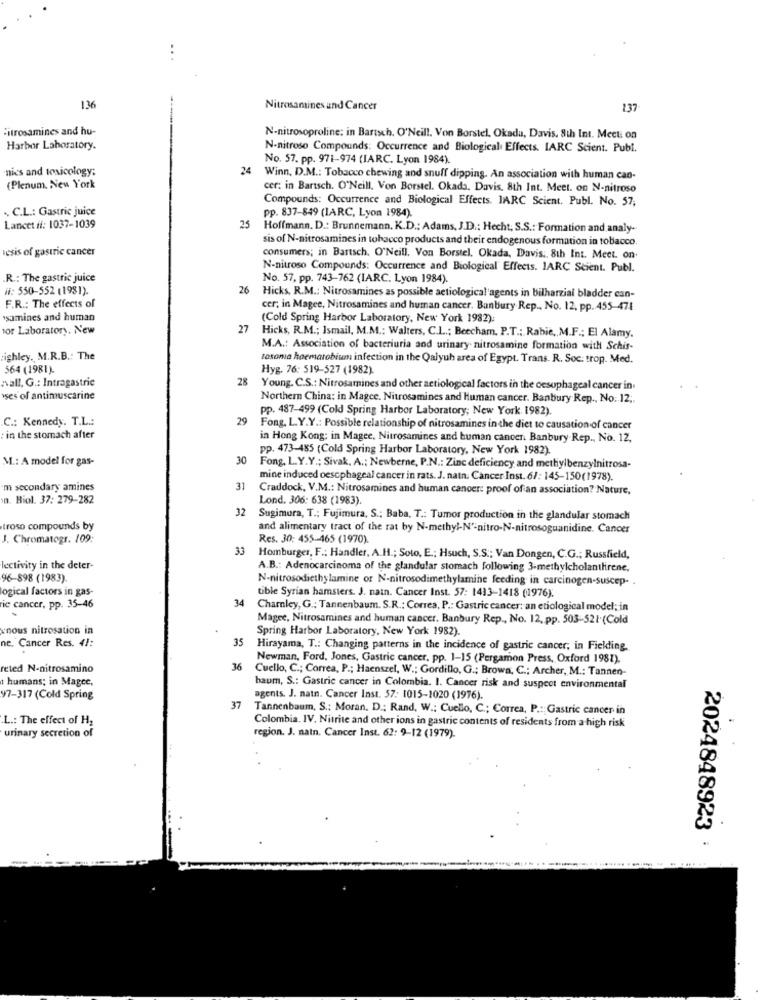
..
136
Nitrosamines and Cancer
137
Fitrosamines and hu-
N-nitrosoproline: in Bartsch. O'Neill. Von Borstel. Okada, Davis, 8th Int. Mecti on
Harbor Laboratory.
N-nitroso Compounds: Occurrence and Biological Effects. IARC Scient. Publ.
No. 57. pp. 971-974 (IARC. Lyon 1984).
nics and toxicology;
24
Winn, D.M .: Tobacco chewing and snuff dipping. An association with human cao-
(Plenum, New York
cer: in Bartsch. O'Neill, Von Borstel. Okada. Davis. 8th Int. Meet. on N-nitroso
Compounds: Occurrence and Biological Effects. JARC Scient. Publ. No. 57;
. C.L .: Gastric juice
25
pp. 837-849 (IARC, Lyon 1984)
Lancet if: 1037-1039
Hoffmann. D .: Brunnemann. K.D .: Adams, J.D .: Hecht, S.S .: Formation and analy-
sis of N-nitrosamines in tobacco products and their endogenous formation in tobacco
csis of gastric cancer
consumers; in Bartsch. O'Neill. Von Borstel. Okada, Davis ,, 8th Int. Meet. on
N-nitroso Compounds: Occurrence and Biological Effects. IARC Scient. Publ.
R .: The gastric juice
No. 57, pp. 743-762 (IARC. Lyon 1984).
#: 550-552 (1981).
26
Hicks, R.M .: Nitrosamines as possible actiological'agents in bilharzial bladder can-
F.R .: The effects of
cer; in Magee, Nitrosamines and human cancer. Banbury Rep ., No. 12, pp. 455-474
'samines and human
(Cold Spring Harbor Laboratory, New York 1982).
or Laboratory. New
27
Hicks, R.M .; Ismail, M.M .: Walters, C.L .; Beecham. P.T .; Rabie ,, M.F .; El Alamy.
M.A .: Association of bacteriuria and urinary nitrosamine formation with Schis-
ighley. M.R.B .: The
tosonia hoematobium infection in the Qalyuh area of Egypt. Trans. R. Soc: trop. Med.
564 (1981)
Hyg. 76: 519-527 (1982)
wall, G .: Intragastric
28 Young. C.S .: Nitrosamines and other actiological factors in the oesophageal cancer in.
ses of antimuscarine
Northern China: in Magce. Nitrosamines and Human cancer. Banbury Rep ., No. 12 ..
pp. 487-499 (Cold Spring Harbor Laboratory; New York 1982).
C .: Kennedy. T.L .:
29
Fong, L.Y.Y .: Possible relationship of nitrosamines in the diet to causation of cancer
in the stomach after
in Hong Kong: in Magee, Nitrosamines and human cancer. Banbury Rep ., No. 12.
pp. 473-485 (Cold Spring Harbor Laboratory, New York 1982).
M .: A model for gas-
30
Fong, L.Y.Y .; Sivak. A .; Newberne, P.N .: Zinc deficiency and mettiylbenzylnitrosa-
mine induced oesophageal cancer in rats. J. natn. Cancer Inst. 6/: 145-150(1978).
m secondary amines
31
Craddock, V.M .: Nitrosamines and human cancer: proof of an association? Nature,
n. Biol. 37: 279-282
Lond. 306: 638 (1983).
32
Sugimura, T .; Fujimura, S .; Baba, T .: Tumor production in the glandular stomach
troso compounds by
and alimentary tract of the rat by N-methyl-Nº-nitro-N-nitrosoguanidine. Cancer
J. Chromatogr. 109:
Res. 30: 455-465 (1970).
33
Homburger, F .: Handler, A.H .; Soto, E .; Hsuch, S.S .; Van Dongen, C.G .; Russfield,
Icctivity in the deter-
A.B .: Adenocarcinoma of the glandular stomach following 3-methylcholanthirene.
96-898 (1983)
N-nitrosodiethylamine or N-nitrosodimethylamine feeding in carcinogen-suscep-
ogical factors in gas-
tible Syrian hamsters. J. nain. Cancer Inst. 57: 1413-1418 (1976).
34
rie cancer, pp. 35-46
Charley, G .: Tannenbaum. S.R .: Correa, P .: Gastric cancer: an etiological model; in
Magee, Nitrosamines and human cancer. Banbury Rep ., No. 12, pp. 503-521(Cold
nous nitrosation in
Spring Harbor Laboratory, New York 1982)
35
ne. Cancer Res. 41:
Hirayama, T .: Changing patterns in the incidence of gastric cancer; in Fielding.
Newman, Ford, Jones, Gastric cancer, pp. 1-15 (Pergamon Press, Oxford 1981).
reted N-nitrosamino
36
Cuello, C .; Correa, P .; Haenszel, W .; Gordillo, G .; Brown, C .; Archer, M .: Tannen-
humans; in Magee,
baum, S .: Gastric cancer in Colombia. I. Cancer risk and suspect environmental
¥7-317 (Cold Spring
agents. J. natn. Cancer Inst. 57: 1015-1020 (1976).
37
Tannenbaum, S .: Moran. D .: Rand, W .: Cuello, C .; Correa, P .: Gastric cancer in
L .: The effect of H2
urinary secretion of
Colombia. IV. Nitrite and other ions in gastric contents of residents from a high risk
region. J. natn. Cancer Inst. 62: 9-12 (1979).
2024848923 :